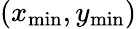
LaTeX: (x_{\mathrm{min}},y_{\mathrm{min}})